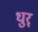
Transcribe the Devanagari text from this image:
धुर्